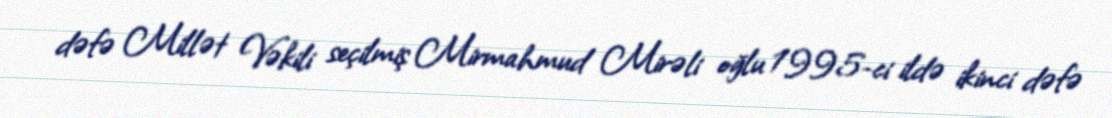
dəfə Millət Vəkili seçilmiş Mirmahmud Mirəli oğlu 1995-ci ildə ikinci dəfə